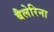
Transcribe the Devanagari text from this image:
बैलेरिना